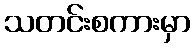
သတင်းစကားမှာ